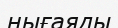
нығаяды